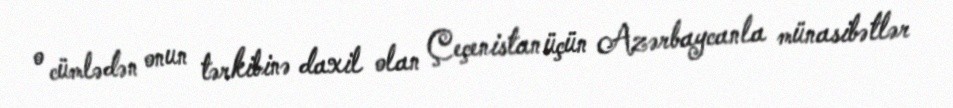
o cümlədən onun tərkibinə daxil olan Çeçenistan üçün Azərbaycanla münasibətlər